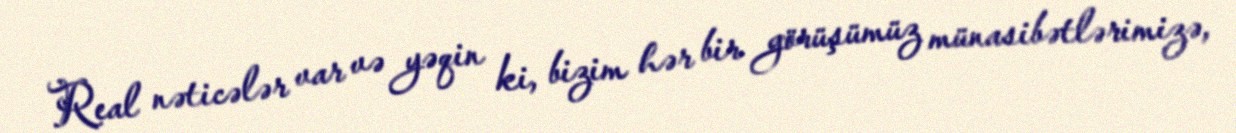
Real nəticələr var və yəqin ki, bizim hər bir görüşümüz münasibətlərimizə,